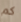
كم